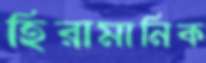
হিরামানিক